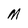
Character: M